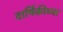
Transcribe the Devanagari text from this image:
वार्षिकीच्या